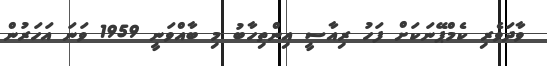
ވާދަވެރި ކެމްޕޭނަކަށް ފަހު ރިއާސީ އިންތިހާބު މި ބާއްވަނީ 1959 ވަނަ އަހަރުން